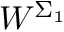
W ^ { \Sigma _ { 1 } }